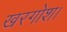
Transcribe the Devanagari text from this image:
खरगोश।